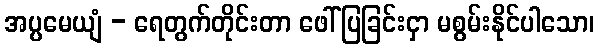
အပ္ပမေယျံ - ရေတွက်တိုင်းတာ ဖေါ်ပြခြင်းငှာ မစွမ်းနိုင်ပါသော၊